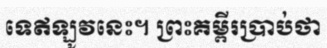
ទេឥឡូវនេះ។ ព្រះគម្ពីរប្រាប់ថា